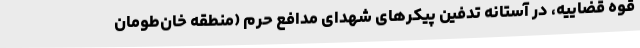
قوه قضاییه، در آستانه تدفین پیکرهای شهدای مدافع حرم (منطقه خان‌طومان